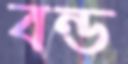
বন্ড